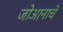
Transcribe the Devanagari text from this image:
जोआनाचे